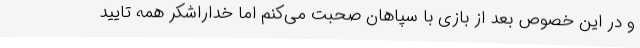
و در این خصوص بعد از بازی با سپاهان صحبت می‌کنم اما خداراشکر همه تایید